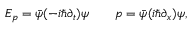
E _ { p } = \bar { \psi } ( - i \hbar \partial _ { t } ) \psi \qquad p = \bar { \psi } ( i \hbar \partial _ { x } ) \psi ,